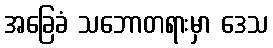
အခြေခံ သဘောတရားမှာ ဒေသ